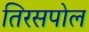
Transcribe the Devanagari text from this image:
तिरसपोल